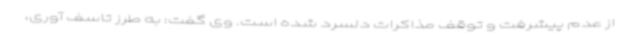
از عدم پیشرفت و توقف مذاکرات دلسرد شده است. وی گفت: به طرز تاسف آوری،